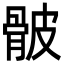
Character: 骳